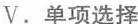
V.单项选择